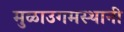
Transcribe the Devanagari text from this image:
मुळाउगमस्थानी